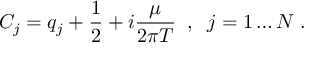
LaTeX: C _ { j } = q _ { j } + \frac { 1 } { 2 } + i \frac \mu { 2 \pi T } \; \; , \; \; j = 1 \ldots N \; .